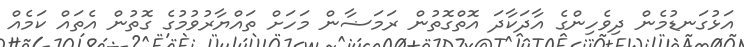
އަޅުގަނޑުމެން ދިވެހިންގެ އާދަކާދަ އޮތްގޮތުން ރަމަޟާން މަހަށް ތައްޔާރުވުމުގެ ގޮތުން އެތައް ކަމެއް